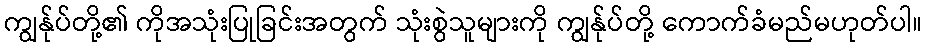
ကျွန်ုပ်တို့၏ ကိုအသုံးပြုခြင်းအတွက် သုံးစွဲသူများကို ကျွန်ုပ်တို့ ကောက်ခံမည်မဟုတ်ပါ။